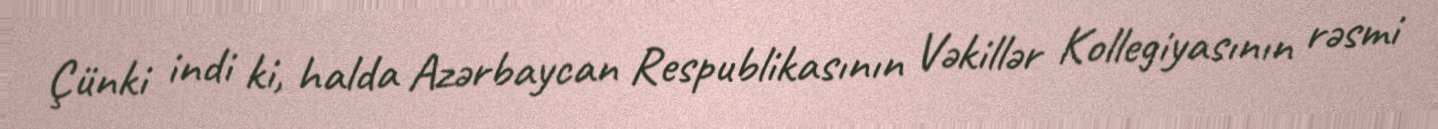
Çünki indi ki, halda Azərbaycan Respublikasının Vəkillər Kollegiyasının rəsmi